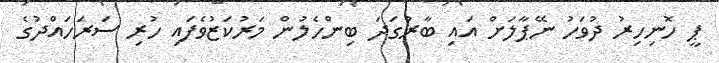
ޕީ ހޮނިހިރު ދުވަހު ނޭޕާލަށް އައި ބާރުގަދަ ބިންހެލުން މަރުކަޒުވެފައި ހުރި ސަރަހައްދުގެ